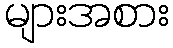
များအစား